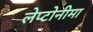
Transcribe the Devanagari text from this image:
लेप्टोनीमा